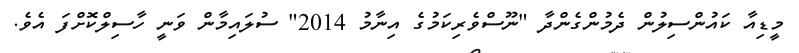
މީޑިއާ ކައުންސިލުން ދެމުންގެންދާ "ނޫސްވެރިކަމުގެ އިނާމު 2014" ސުލައިމާން ވަނީ ހާސިލްކޮށްފަ އެވެ.